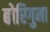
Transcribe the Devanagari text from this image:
बोरिगुमा